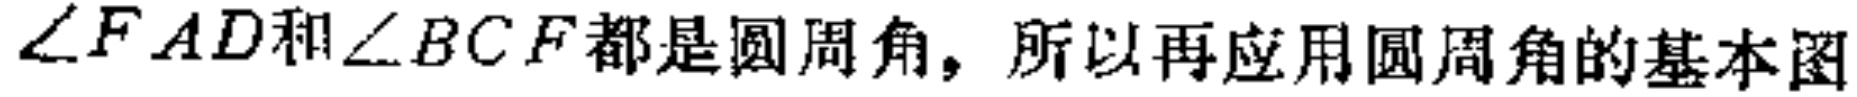
$\angle FAD和\angle BCF都是圆周角，所以再应用圆周角的基本图$